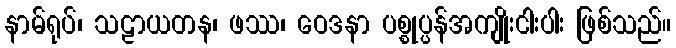
နာမ်ရုပ်၊ သဠာယတန၊ ဖဿ၊ ဝေဒနာ ပစ္စုပ္ပန်အကျိုးငါးပါး ဖြစ်သည်။